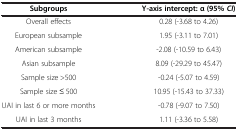
| Subgroups | Y-axis intercept: α (95% CI) |
 | --- | --- |
 | Overall effects | 0.28 (-3.68 to 4.26) |
 | European subsample | 1.95 (-3.11 to 7.01) |
 | American subsample | -2.08 (-10.59 to 6.43) |
 | Asian subsample | 8.09 (-29.29 to 45.47) |
 | Sample size >500 | -0.24 (-5.07 to 4.59) |
 | Sample size ≤ 500 | 10.95 (-15.43 to 37.33) |
 | UAI in last 6 or more months | -0.78 (-9.07 to 7.50) |
 | UAI in last 3 months | 1.11 (-3.36 to 5.58) |